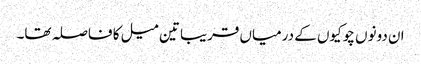
ان دونوں چوکیوں کے درمیاں قریبا تین میل کا فاصلہ تھا۔